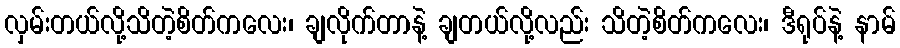
လှမ်းတယ်လို့သိတဲ့စိတ်ကလေး၊ ချလိုက်တာနဲ့ ချတယ်လို့လည်း သိတဲ့စိတ်ကလေး၊ ဒီရုပ်နဲ့ နာမ်